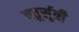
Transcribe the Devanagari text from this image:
चतुर्सूत्री